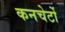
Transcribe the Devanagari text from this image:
कनचेर्टो